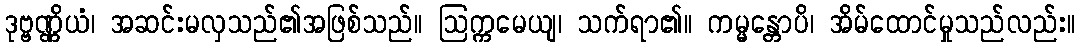
ဒုဗ္ဗဏ္ဏိယံ၊ အဆင်းမလှသည်၏အဖြစ်သည်။ ဩက္ကမေယျ၊ သက်ရာ၏။ ကမ္မန္တောပိ၊ အိမ်ထောင်မှုသည်လည်း။